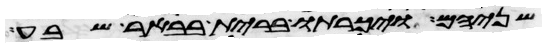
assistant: שניהם ויכרתו ברית בבאר שבע